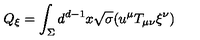
Q _ { \xi } = \int _ { \Sigma } d ^ { d - 1 } x \sqrt { \sigma } ( u ^ { \mu } T _ { \mu \nu } \xi ^ { \nu } )